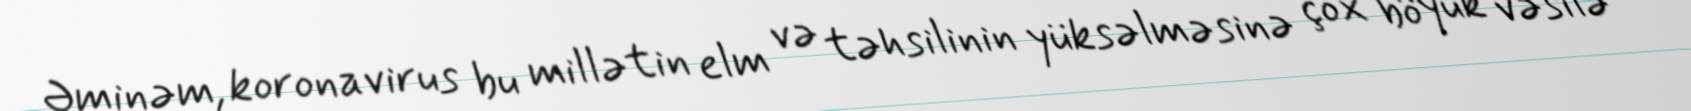
Əminəm, koronavirus bu millətin elm və təhsilinin yüksəlməsinə çox böyük vəsilə